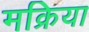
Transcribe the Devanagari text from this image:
मक्रिया